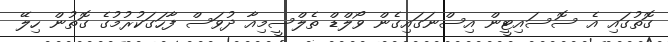
ގޮތުގައި އެ ސޮސައިޓީން އިސްނަގައިގެން ވޯލްޑް ތެލްސީމިއާ ދުވަސް ފާހަގަކުރުމުގެ ގޮތުން ހިލޭ